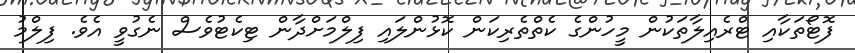
ފޮޓޯތަކާއި ޓްރެއިލާތަކުން މީހުންގެ ކެތްތެރިކަން ކޮޅުންލައި ފިލްމަށްދާން ޓިކެޓުވެސް ނެގުވީ އެވެ. ފިލްމު